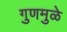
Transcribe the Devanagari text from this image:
गुणमुळे